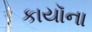
કાયૉના